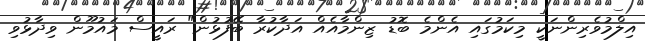
އިލްމުވެރިންނަކީ މިކަމުގައި އެންމެ ބޮޑު ޒިންމާއެއް އަދާކުރާ ބޭފުޅުން" ރައީސް މައުމޫން ވިދާޅުވި